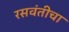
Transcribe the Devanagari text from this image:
रसवंतीचा